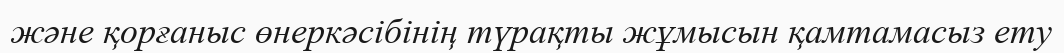
және қорғаныс өнеркәсібінің түрақты жұмысын қамтамасыз ету